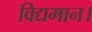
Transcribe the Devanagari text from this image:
विद्यमान।